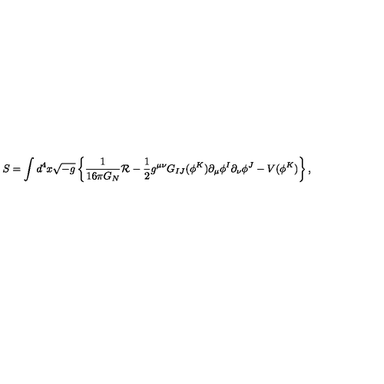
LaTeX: S = \int d ^ { 4 } x \sqrt { - g } \left\{ { \frac { 1 } { 1 6 \pi G _ { N } } } { \cal R } - \frac { 1 } { 2 } g ^ { \mu \nu } G _ { I J } ( \phi ^ { K } ) \partial _ { \mu } \phi ^ { I } \partial _ { \nu } \phi ^ { J } - V ( \phi ^ { K } ) \right\} ,